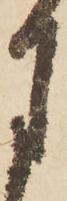
月